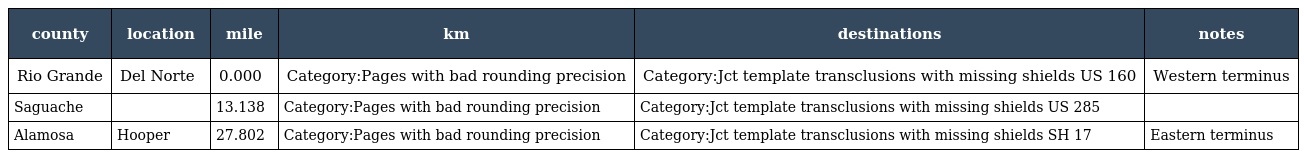
| county | location | mile | km | destinations | notes |
 | --- | --- | --- | --- | --- | --- |
 | Rio Grande | Del Norte | 0.000 | Category:Pages with bad rounding precision | Category:Jct template transclusions with missing shields US 160 | Western terminus |
 | Saguache |  | 13.138 | Category:Pages with bad rounding precision | Category:Jct template transclusions with missing shields US 285 |  |
 | Alamosa | Hooper | 27.802 | Category:Pages with bad rounding precision | Category:Jct template transclusions with missing shields SH 17 | Eastern terminus |